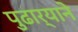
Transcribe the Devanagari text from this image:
पुढार्‍याने